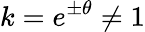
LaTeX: k=e^{\pm\theta}\neq 1